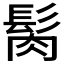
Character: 𩬳